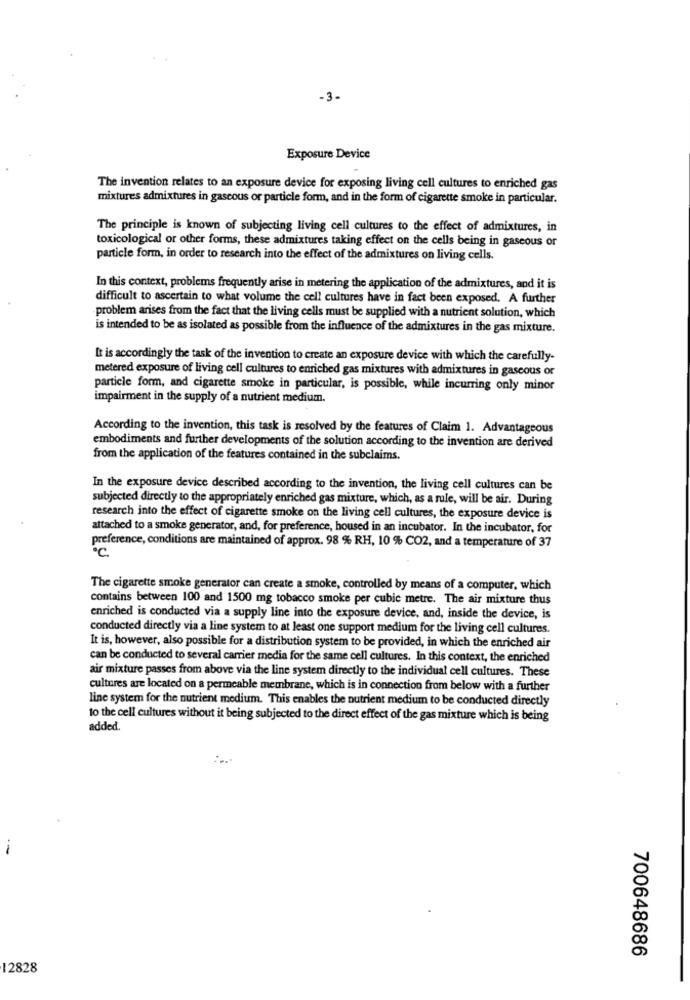
-3-
Exposure Device
The invention relates to an exposure device for exposing living cell cultures to enriched gas
mixtures admixtures in gascous or particle form, and in the form of cigarette smoke in particular.
The principle is known of subjecting living cell cultures to the effect of admixtures, in
toxicological or other forms, these admixtures taking effect on the cells being in gaseous or
particle form, in order to research into the effect of the admixtures on living cells.
In this context, problems frequently arise in metering the application of the admixtures, and it is
difficult to ascertain to what volume the cell cultures have in fact been exposed. A further
problem arises from the fact that the living cells must be supplied with a nutrient solution, which
is intended to be as isolated as possible from the influence of the admixtures in the gas mixture.
It is accordingly the task of the invention to create an exposure device with which the carefully-
metered exposure of living cell cultures to enriched gas mixtures with admixtures in gaseous or
particle form, and cigarette smoke in particular, is possible, while incurring only minor
impairment in the supply of a nutrient medium.
According to the invention, this task is resolved by the features of Claim 1. Advantageous
embodiments and further developments of the solution according to the invention are derived
from the application of the features contained in the subclaims.
In the exposure device described according to the invention, the living cell cultures can be
subjected directly to the appropriately enriched gas mixture, which, as a rule, will be air. During
research into the effect of cigarette smoke on the living cell cultures, the exposure device is
attached to a smoke generator, and, for preference, housed in an incubator. In the incubator, for
preference, conditions are maintained of approx. 98 % RH, 10 % CO2, and a temperature of 37
The cigarette smoke generator can create a smoke, controlled by means of a computer, which
contains between 100 and 1500 mg tobacco smoke per cubic metre. The air mixture thus
enriched is conducted via a supply line into the exposure device, and, inside the device, is
conducted directly via a line system to at least one support medium for the living cell cultures.
It is, however, also possible for a distribution system to be provided, in which the enriched air
can be conducted to several carrier media for the same cell cultures. In this context, the enriched
air mixture passes from above via the line system directly to the individual cell cultures. These
cultures are located on a permeable membrane, which is in connection from below with a further
line system for the nutrient medium. This enables the nutrient medium to be conducted directly
to the cell cultures without it being subjected to the direct effect of the gas mixture which is being
added
700648686
12828